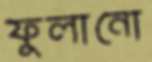
ফুলানো